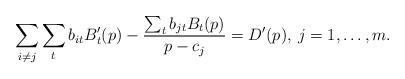
LaTeX: \begin{align*}\sum_{i\ne j}\sum_{t}b_{it}B_{t}'(p)-\frac{\sum_{t}b_{jt}B_{t}(p)}{p-c_{j}}=D'(p),\: j=1,\dots,m.\end{align*}